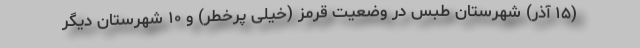
(۱۵ آذر) شهرستان طبس در وضعیت قرمز (خیلی پرخطر) و ۱۰ شهرستان دیگر